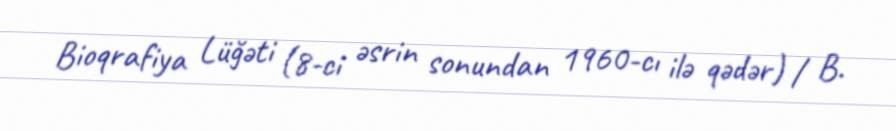
Bioqrafiya Lüğəti (8-ci əsrin sonundan 1960-cı ilə qədər) / B.